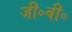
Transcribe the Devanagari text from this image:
जी॰बी॰